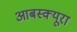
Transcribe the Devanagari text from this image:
आबस्क्यूरा